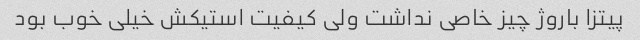
پیتزا باروژ چیز خاصی نداشت ولی کیفیت استیکش خیلی خوب بود